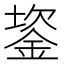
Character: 䤰